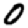
Digit: 0